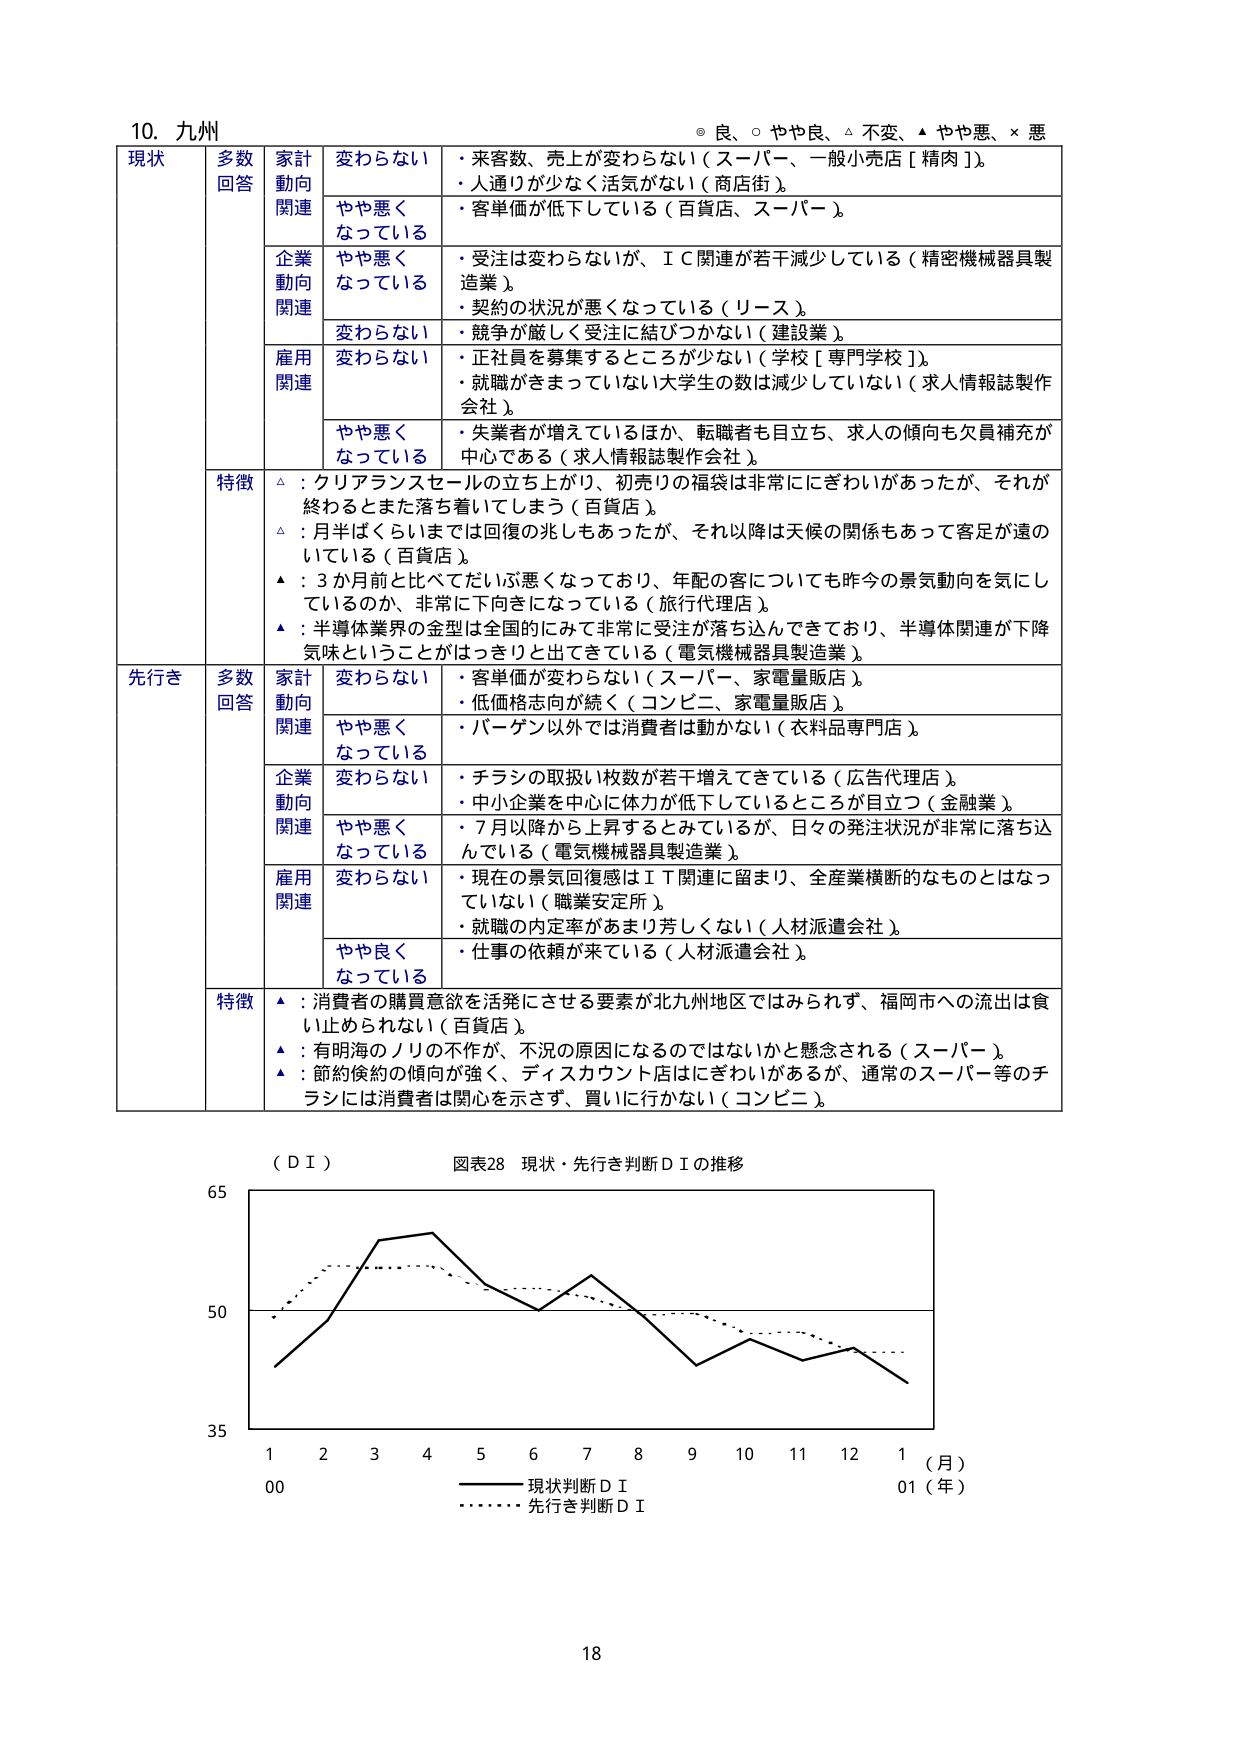
10. 九州
◎ 良、○ やや良、△ 不変、▲ やや悪、× 悪

現状
多数回答
家計動向関連
変わらない
・来客数、売上が変わらない（スーパー、一般小売店［精肉］）。
・人通りが少なく活気がない（商店街）。
やや悪くなっている
・客単価が低下している（百貨店、スーパー）。

企業動向関連
やや悪くなっている
・受注は変わらないが、ＩＣ関連が若干減少している（精密機械器具製造業）。
・契約の状況が悪くなっている（リース）。
変わらない
・競争が厳しく受注に結びつかない（建設業）。

雇用関連
変わらない
・正社員を募集するところが少ない（学校［専門学校］）。
・就職がきまっていない大学生の数は減少していない（求人情報誌製作会社）。
やや悪くなっている
・失業者が増えているほか、転職者も目立ち、求人の傾向も欠員補充が中心である（求人情報誌製作会社）。

特徴
△：クリアランスセールの立ち上がり、初売りの福袋は非常ににぎわいがあったが、それが終わるとまた落ち着いてしまう（百貨店）。
△：月半ばくらいまでは回復の兆しもあったが、それ以降は天候の関係もあって客足が遠のいている（百貨店）。
▲：3か月前と比べてだいぶ悪くなっており、年配の客についても昨今の景気動向を気にしているのか、非常に下向きになっている（旅行代理店）。
▲：半導体業界の金型は全国的にみて非常に受注が落ち込んできており、半導体関連が下降気味ということがはっきりと出てきている（電気機械器具製造業）。

先行き
多数回答
家計動向関連
変わらない
・客単価が変わらない（スーパー、家電量販店）。
・低価格志向が続く（コンビニ、家電量販店）。
やや悪くなっている
・バーゲン以外では消費者は動かない（衣料品専門店）。

企業動向関連
変わらない
・チラシの取扱い枚数が若干増えてきている（広告代理店）。
・中小企業を中心に体力が低下しているところが目立つ（金融業）。
やや悪くなっている
・7月以降から上昇するとしているが、日々の発注状況が非常に落ち込んでいる（電気機械器具製造業）。

雇用関連
変わらない
・現在の景気回復感はＩＴ関連に留まり、全産業横断的なものとはなっていない（職業安定所）。
・就職の内定率があまり芳しくない（人材派遣会社）。
やや良くなっている
・仕事の依頼が来ている（人材派遣会社）。

特徴
▲：消費者の購買意欲を活発にさせる要素が北九州地区ではみられず、福岡市への流出は食い止められない（百貨店）。
▲：有明海のノリの不作が、不況の原因になるのではないかと懸念される（スーパー）。
▲：節約倹約の傾向が強く、ディスカウント店にはぎわいがあるが、通常のスーパー等のチラシには消費者は関心を示さず、買いに行かない（コンビニ）。

（ＤＩ）
図表28 現状・先行き判断ＤＩの推移

65
50
35
1 2 3 4 5 6 7 8 9 10 11 12 1（月）
00 01（年）
―――― 現状判断ＤＩ
・・・・・・ 先行き判断ＤＩ

18